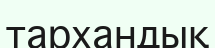
тархандық